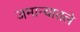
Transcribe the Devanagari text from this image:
जमान्यातले